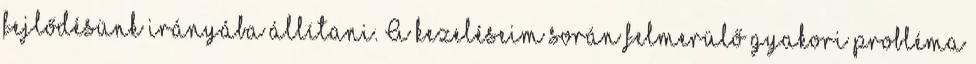
fejlődésünk irányába állítani. A kezeléseim során felmerülő gyakori probléma